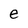
Character: e